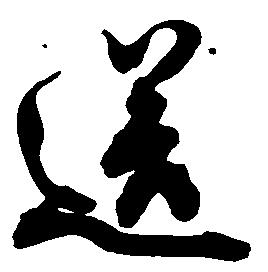
送